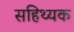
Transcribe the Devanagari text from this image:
सहिथ्यक